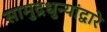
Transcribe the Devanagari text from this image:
सामुद्रधुन्यांद्वारे